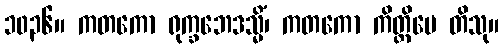
၁၀၃၆။ ကတကော ရုက္ခဘေဒသ္မိံ၊ ကတကော ကိတ္တိမေ တိသု။